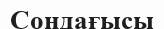
Сондағысы